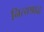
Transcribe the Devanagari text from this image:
नित्यश्राद्ध